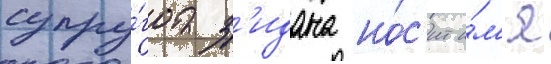
супру́га з'идана но́с'ит и́м'я